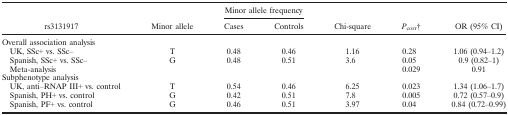
| <ROWSPAN=2> rs3131917 | <ROWSPAN=2> Minor allele | <COLSPAN=2> Minor allele frequency | <ROWSPAN=2> Chi‐square | <ROWSPAN=2> Pcorrb | <ROWSPAN=2> OR (95% CI) |
 | Cases | Controls |
 | --- | --- | --- | --- | --- | --- | --- |
 | Overall association analysis |  |  |  |  |  |  |
 | UK, SSc+ vs. SSc– | T | 0.48 | 0.46 | 1.16 | 0.28 | 1.06 (0.94–1.2) |
 | Spanish, SSc+ vs. SSc– | G | 0.48 | 0.51 | 3.6 | 0.05 | 0.9 (0.82–1) |
 | Meta‐analysis |  |  |  |  | 0.029 | 0.91 |
 | Subphenotype analysis |  |  |  |  |  |  |
 | UK, anti–RNAP III+ vs. control | T | 0.54 | 0.46 | 6.25 | 0.023 | 1.34 (1.06–1.7) |
 | Spanish, PH+ vs. control | G | 0.42 | 0.51 | 7.8 | 0.005 | 0.72 (0.57–0.9) |
 | Spanish, PF+ vs. control | G | 0.46 | 0.51 | 3.97 | 0.04 | 0.84 (0.72–0.99) |